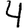
Digit: 4